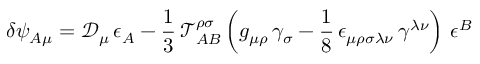
\delta \psi _ { A \mu } = \mathcal { D } _ { \mu } \, \epsilon _ { A } - \frac { 1 } { 3 } \, \mathcal { T } _ { A B } ^ { \rho \sigma } \left( g _ { \mu \rho } \, \gamma _ { \sigma } - \frac { 1 } { 8 } \, \epsilon _ { \mu \rho \sigma \lambda \nu } \, \gamma ^ { \lambda \nu } \right) \, \epsilon ^ { B }